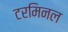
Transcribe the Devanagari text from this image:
टरमिनल